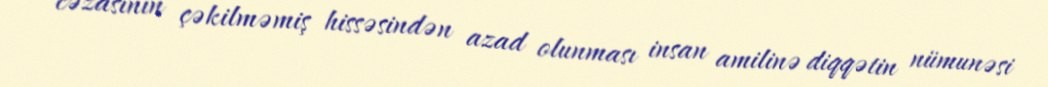
cəzasının çəkilməmiş hissəsindən azad olunması insan amilinə diqqətin nümunəsi